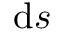
\mathrm { d } s